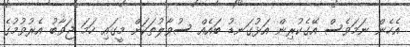
އެހެން ނަމަވެސް އޭގެކުރިން އަޅުގަނޑު ބައެއް ސުވާލުތަކަށް މީގައި ހަމަ ޖަވާބު އެރުވުމުގެ